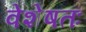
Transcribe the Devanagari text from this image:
वेशेषतः